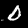
Digit: 0